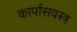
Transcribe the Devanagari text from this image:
कार्पासवस्त्र